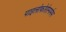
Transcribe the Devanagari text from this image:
पाइलोफोरोस्पर्मम